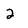
Character: 2